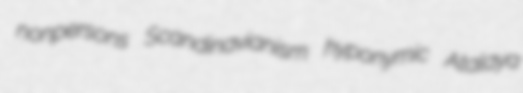
nonpersons Scandinavianism hyponymic Atalaya